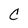
Character: C